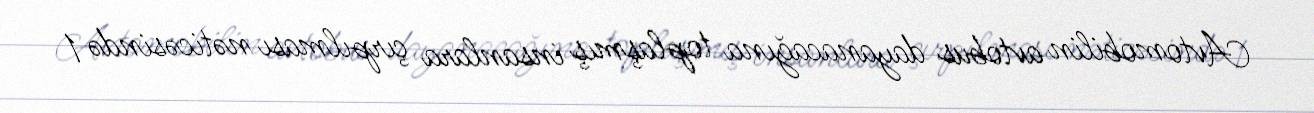
Avtomobilin avtobus dayanacağına toplaşmış insanlara çırpılması nəticəsində 1